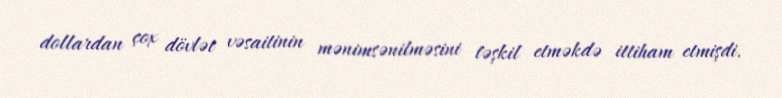
dollardan çox dövlət vəsaitinin mənimsənilməsini təşkil etməkdə ittiham etmişdi.